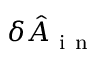
\delta \hat { A } _ { \mathrm { ~ i ~ n ~ } }